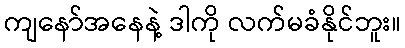
ကျနော်အနေနဲ့ ဒါကို လက်မခံနိုင်ဘူး။